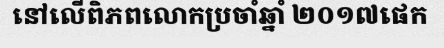
នៅលើពិភពលោកប្រចាំឆ្នាំ ២០១៧ផេក